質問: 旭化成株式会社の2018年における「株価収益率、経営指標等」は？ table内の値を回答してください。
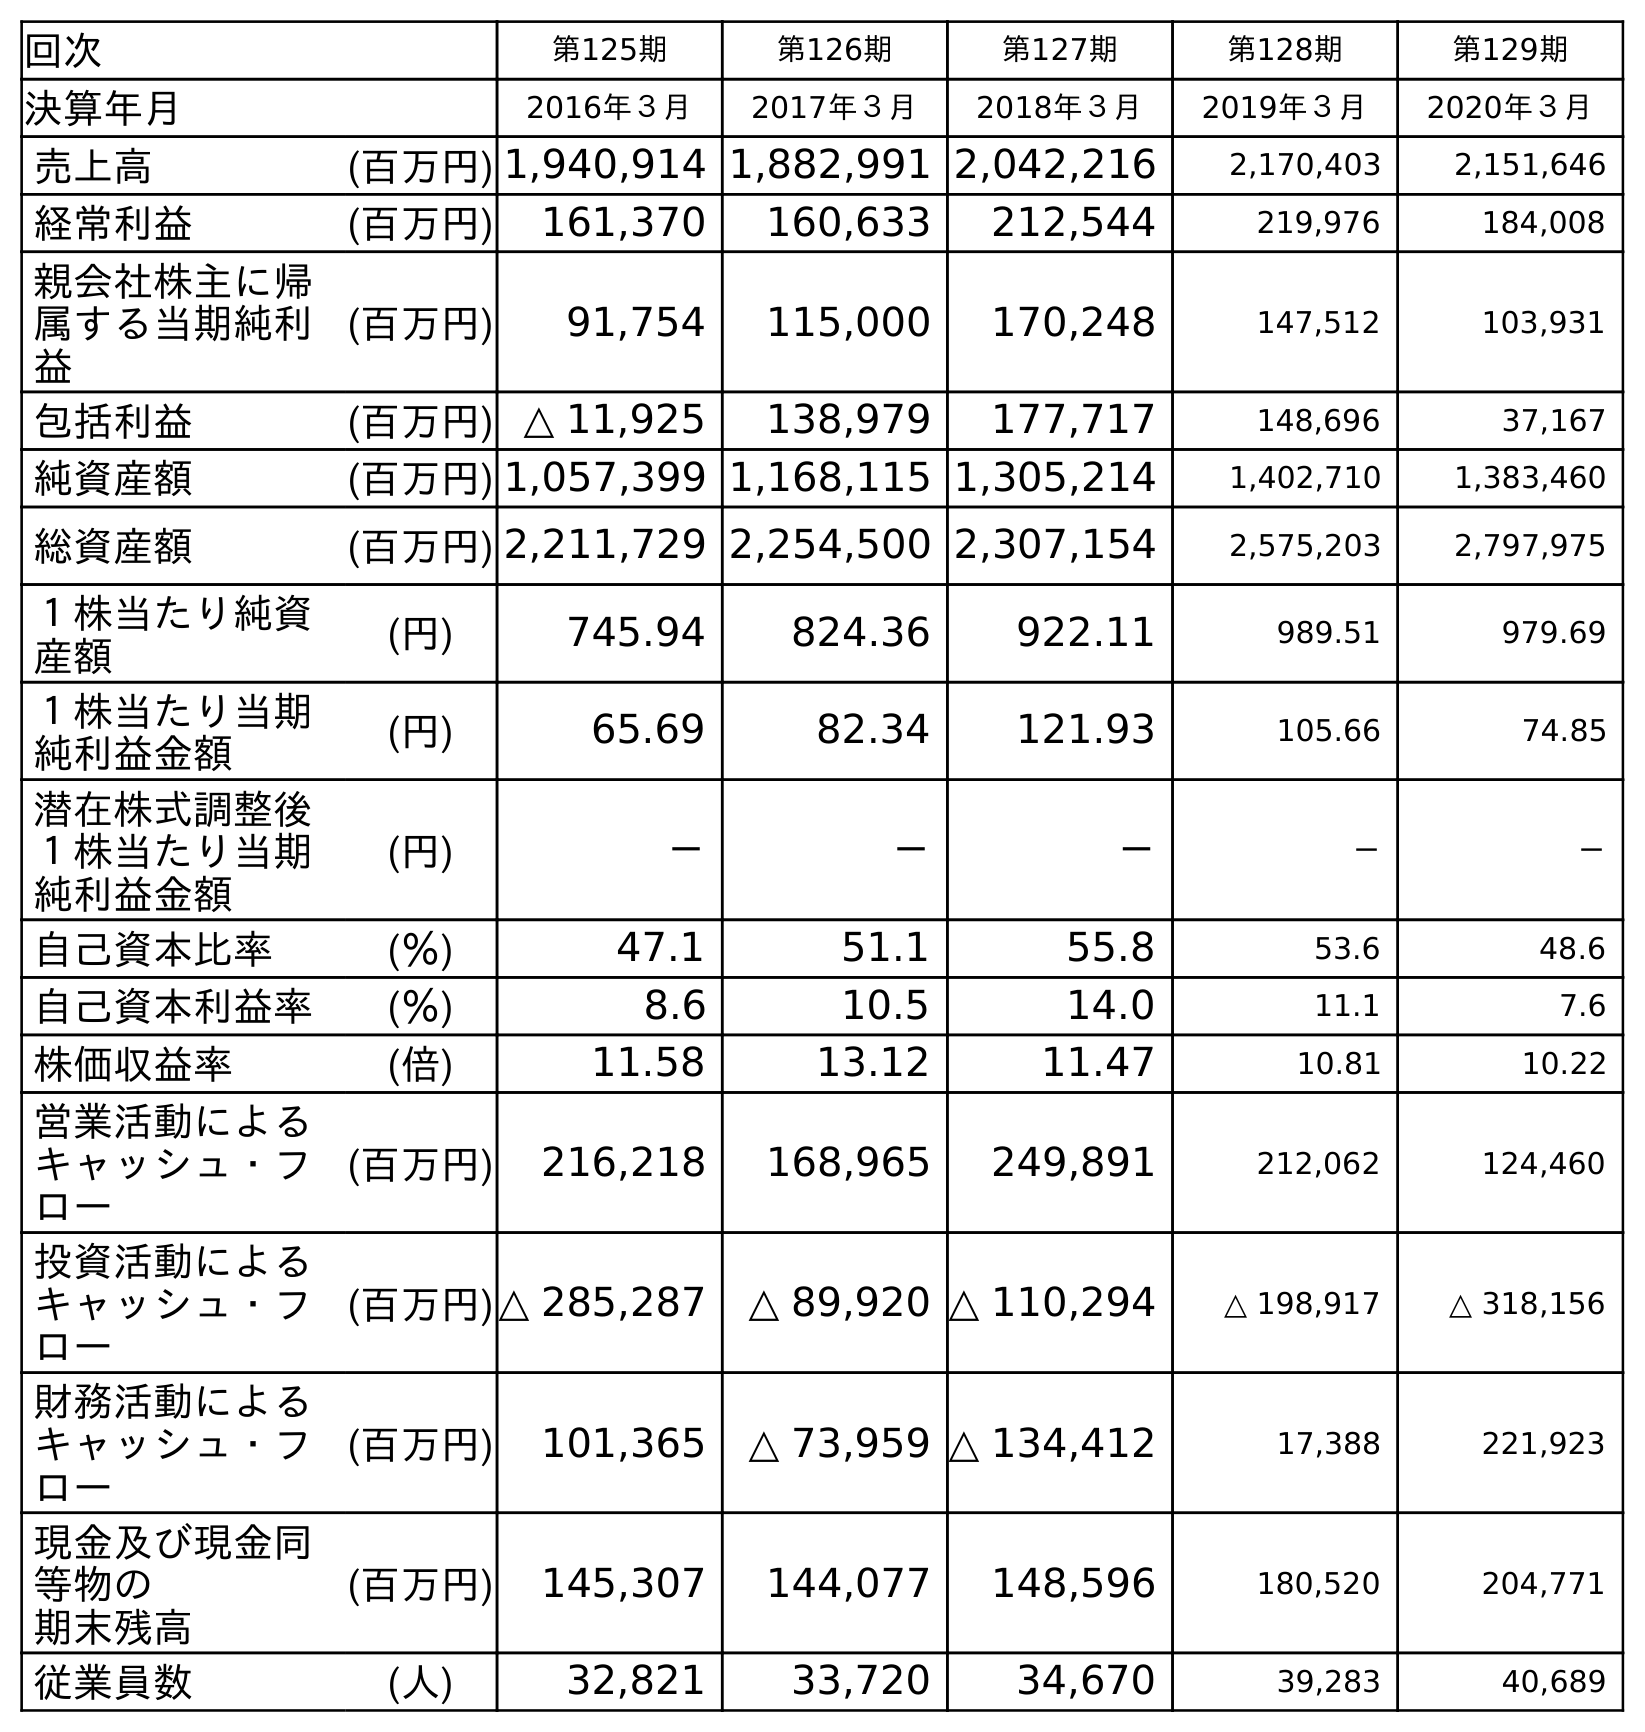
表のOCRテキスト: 回次 第125期 第126期 第127期 第128期 第129期 決算年月 2016年３月 2017年３月 2018年３月 2019年３月 2020年３月 売上高 (百万円) 1,940,914 1,882,991 2,042,216 2,170,403 2,151,646 経常利益 (百万円) 161,370 160,633 212,544 219,976 184,008 親会社株主に帰 属する当期純利 益 (百万円) 91,754 115,000 170,248 147,512 103,931 包括利益 (百万円) △ 11,925 138,979 177,717 148,696 37,167 純資産額 (百万円) 1,057,399 1,168,115 1,305,214 1,402,710 1,383,460 総資産額 (百万円) 2,211,729 2,254,500 2,307,154 2,575,203 2,797,975 １株当たり純資 産額 (円) 745.94 824.36 922.11 989.51 979.69 １株当たり当期 純利益金額 (円) 65.69 82.34 121.93 105.66 74.85 潜在株式調整後 １株当たり当期 純利益金額 (円) － － － － － 自己資本比率 (％) 47.1 51.1 55.8 53.6 48.6 自己資本利益率 (％) 8.6 10.5 14.0 11.1 7.6 株価収益率 (倍) 11.58 13.12 11.47 10.81 10.22 営業活動による キャッシュ・フ ロー (百万円) 216,218 168,965 249,891 212,062 124,460 投資活動による キャッシュ・フ ロー (百万円)△ 285,287 △ 89,920 △ 110,294 △ 198,917 △ 318,156 財務活動による キャッシュ・フ ロー (百万円) 101,365 △ 73,959 △ 134,412 17,388 221,923 現金及び現金同 等物の 期末残高 (百万円) 145,307 144,077 148,596 180,520 204,771 従業員数 (人) 32,821 33,720 34,670 39,283 40,689
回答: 11.47